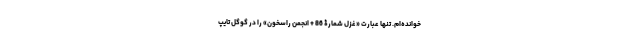
خوانده‌ام. تنها عبارت «غزل شمارۀ 86 + انجمن راسخون» را در گوگل تایپ